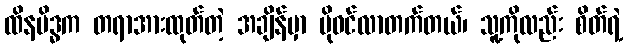
ထိနမိဒ္ဓက တရာအားထုတ်တဲ့ အချိန်မှာ ပိုဝင်လာတက်တယ်၊ သူ့ကိုလည်း စိတ်ရဲ့